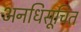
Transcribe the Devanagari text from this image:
अनधिसूचित